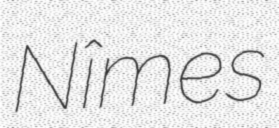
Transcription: Nîmes